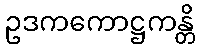
ဥဒကကောဋ္ဌကန္တိ